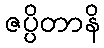
ဇပ္ပိတာနိ